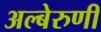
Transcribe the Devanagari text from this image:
अल्बेरुणी